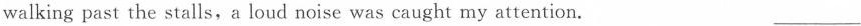
walking past the stalls, a loud noise was caught my attention. ___